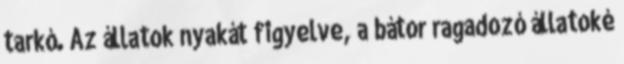
tarkó. Az állatok nyakát figyelve, a bátor ragadozó állatoké